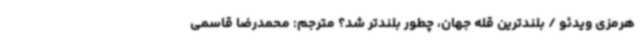
هرمزی ویدئو / بلندترین قله جهان، چطور بلندتر شد؟ مترجم: محمدرضا قاسمی